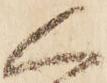
人